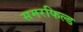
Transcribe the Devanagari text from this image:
समरफिल्ड